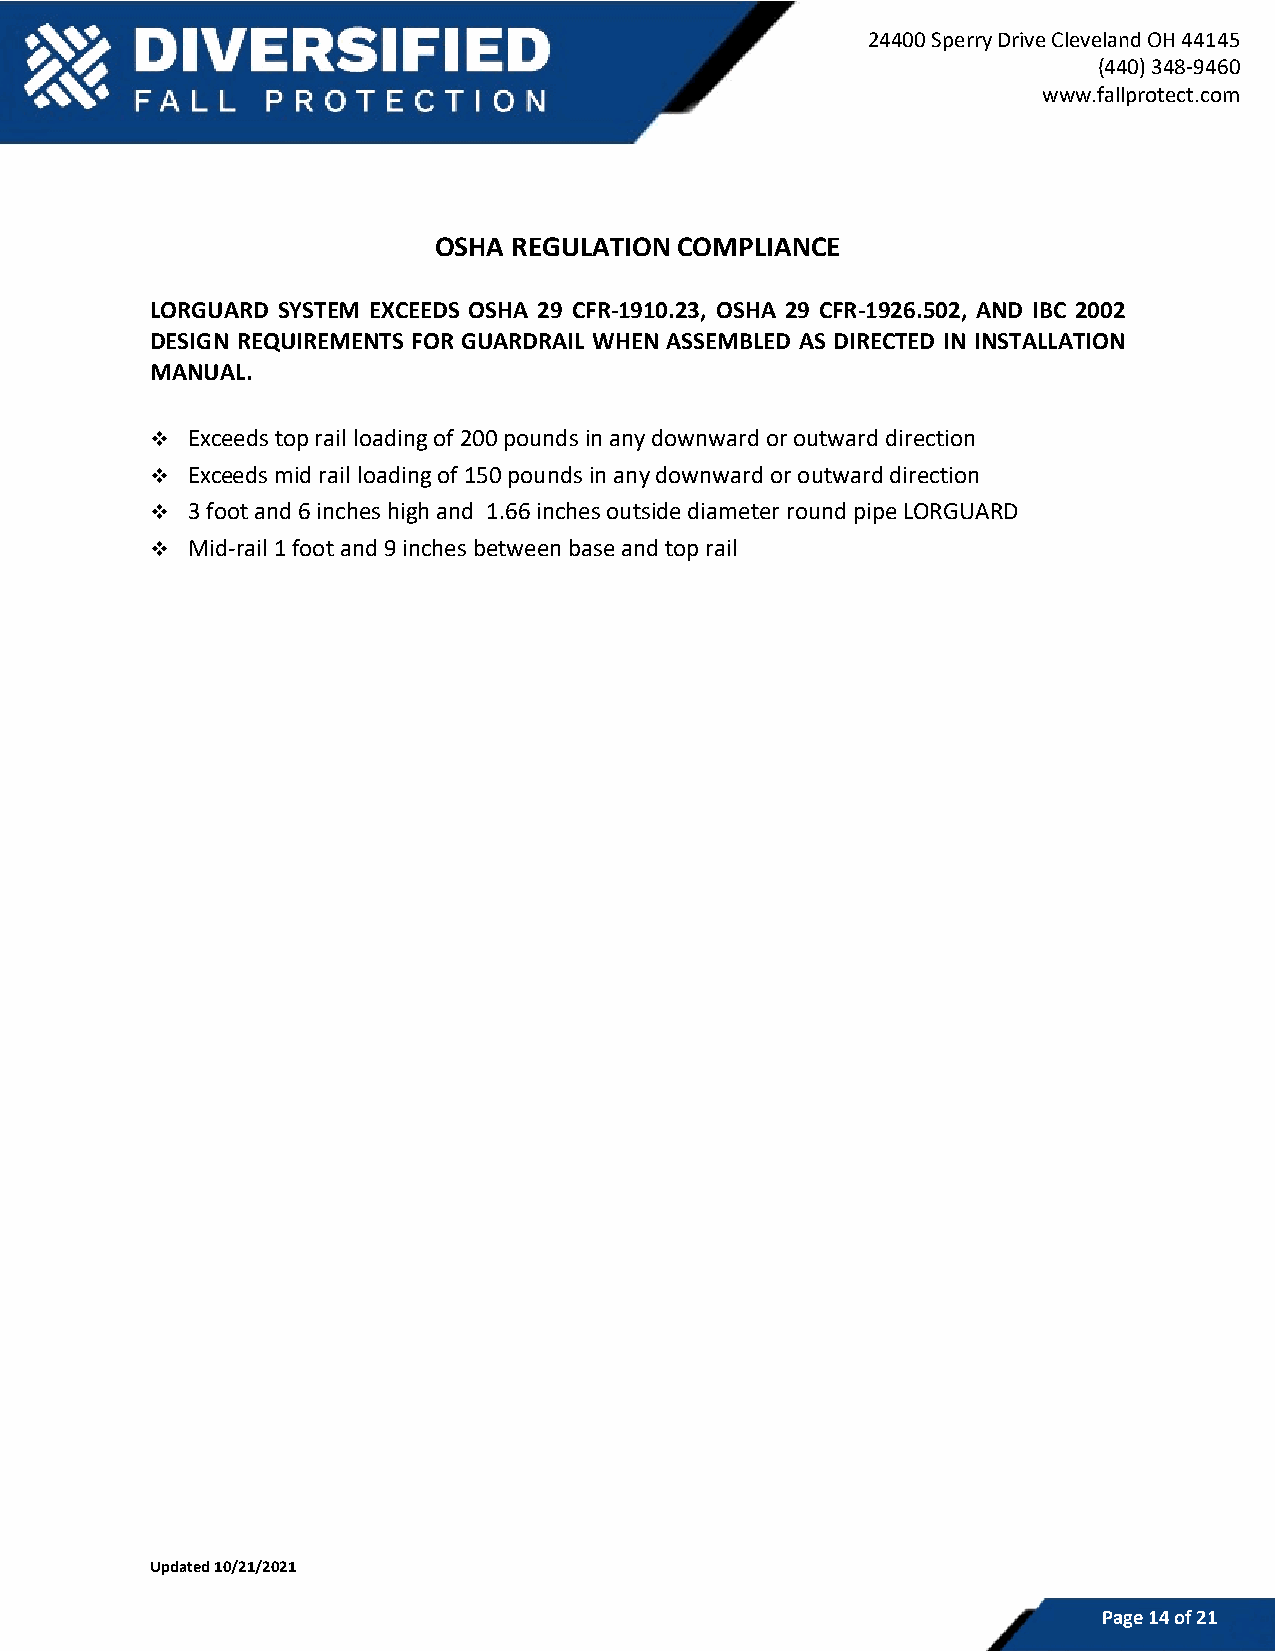
24400 Sperry Drive Cleveland OH 44145
 (440) 348-9460
 www.fallprotect.com
 OSHA REGULATION COMPLIANCE
 LORGUARD SYSTEM EXCEEDS OSHA 29 CFR-1910.23, OSHA 29 CFR-1926.502, AND IBC 2002
 DESIGN REQUIREMENTS FOR GUARDRAIL WHEN ASSEMBLED AS DIRECTED IN INSTALLATION
 MANUAL.
 ❖ Exceeds top rail loading of 200 pounds in any downward or outward direction
 ❖ Exceeds mid rail loading of 150 pounds in any downward or outward direction
 ❖ 3 foot and 6 inches high and 1.66 inches outside diameter round pipe LORGUARD
 ❖ Mid-rail 1 foot and 9 inches between base and top rail
 Updated 10/21/2021
 Page 14 of 21